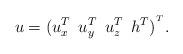
LaTeX: \begin{align*}u=(u_x^T \hskip 0.2truecm u_y^T \hskip 0.2truecm u_z^T \hskip 0.2truecm h^T)^{^T}.\end{align*}